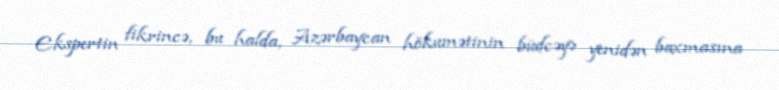
Ekspertin fikrincə, bu halda, Azərbaycan hökumətinin büdcəyə yenidən baxmasına